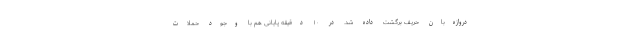
دروازه‌بان حریف برگشت داده شد. در ۱۰ دقیقه پایانی هم با وجود حملات